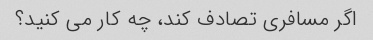
اگر مسافری تصادف کند، چه کار می کنید؟